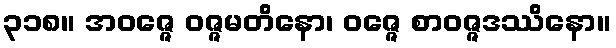
၃၁၈။ အဝဇ္ဇေ ဝဇ္ဇမတိနော၊ ဝဇ္ဇေ စာဝဇ္ဇဒဿိနော။